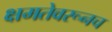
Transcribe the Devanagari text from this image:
क्षमतेवरूनच